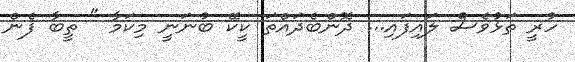
ހުރީ ތަޅުވެސް ލައިފައި... ދޮންބެދައްތަ ކީކޭ ބުނަނީ މިކަމާ " ތީބާ ފެން